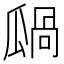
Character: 𤬋